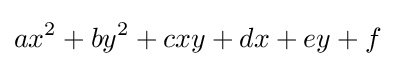
ax^{2}+by^{2}+cxy+dx+ey+f